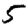
Digit: 5